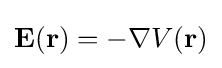
\mathbf {E} (\mathbf {r} )=-\nabla V(\mathbf {r} )